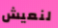
لنعيش